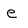
Character: e